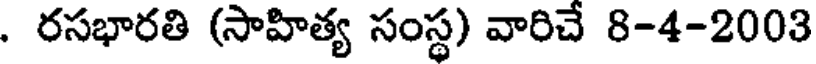
. రసభారతి (సాహిత్య సంస్థ) వారిచే 8-4-2003